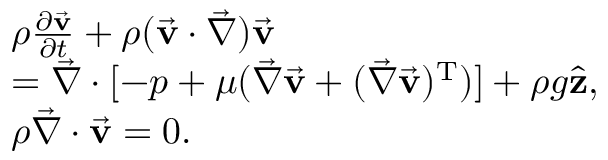
\begin{array} { r l } & { \rho \frac { \partial \vec { \bf v } } { \partial t } + \rho ( \vec { \bf v } \cdot \vec { \nabla } ) \vec { \bf v } } \\ & { = \vec { \nabla } \cdot [ - p + \mu ( \vec { \nabla } \vec { \bf v } + ( \vec { \nabla } \vec { \bf v } ) ^ { \mathrm { T } } ) ] + \rho g \hat { \bf z } , } \\ & { \rho \vec { \nabla } \cdot \vec { \bf v } = 0 . } \end{array}